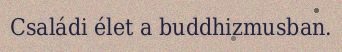
Családi élet a buddhizmusban.